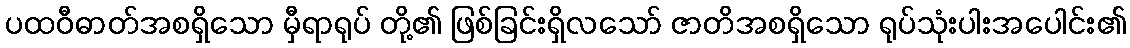
ပထဝီဓာတ်အစရှိသော မှီရာရုပ် တို့၏ ဖြစ်ခြင်းရှိလသော် ဇာတိအစရှိသော ရုပ်သုံးပါးအပေါင်း၏